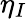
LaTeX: \eta_{I}